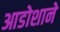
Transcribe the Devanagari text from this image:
आडोशाने